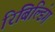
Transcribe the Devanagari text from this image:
रिबिल्डिंग